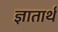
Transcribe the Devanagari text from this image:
ज्ञातार्थं